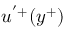
u ^ { ' + } ( y ^ { + } )